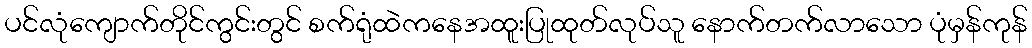
ပင်လုံကျောက်တိုင်ကွင်းတွင် စက်ရုံထဲကနေအထူးပြုထုတ်လုပ်သူ နောက်တက်လာသော ပုံမှန်ကုန်